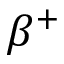
\beta ^ { + }